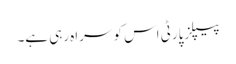
پیپلزپارٹی اس کو سراہ رہی ہے۔